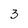
Character: 3